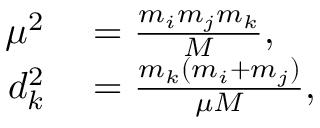
\begin{array} { r l } { \mu ^ { 2 } } & { { } = \frac { m _ { i } m _ { j } m _ { k } } { M } , } \\ { d _ { k } ^ { 2 } } & { { } = \frac { m _ { k } ( m _ { i } + m _ { j } ) } { \mu M } , } \end{array}